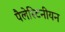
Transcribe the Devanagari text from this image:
पैलेस्टिनीयन